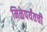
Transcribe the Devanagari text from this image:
मिळेपर्यंतची